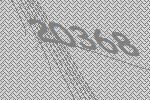
20368